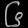
Digit: ၆